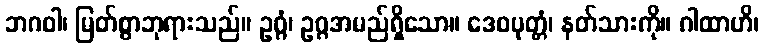
ဘဂဝါ၊ မြတ်စွာဘုရားသည်။ ဥဂ္ဂံ၊ ဥဂ္ဂအမည်ရှိသော။ ဒေဝပုတ္တံ၊ နတ်သားကို။ ဂါထာဟိ၊